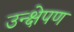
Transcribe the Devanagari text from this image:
उन्क्षेपण